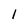
Character: 1